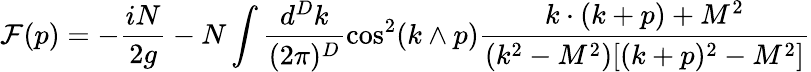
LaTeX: {\cal F}(p)=-\frac{iN}{2g}-N\int\frac{d^{D}k}{(2\pi)^{D}}\cos^{2}(k\wedge p)\frac{k\cdot(k+p)+M^{2}}{(k^{2}-M^{2})[(k+p)^{2}-M^{2}]}